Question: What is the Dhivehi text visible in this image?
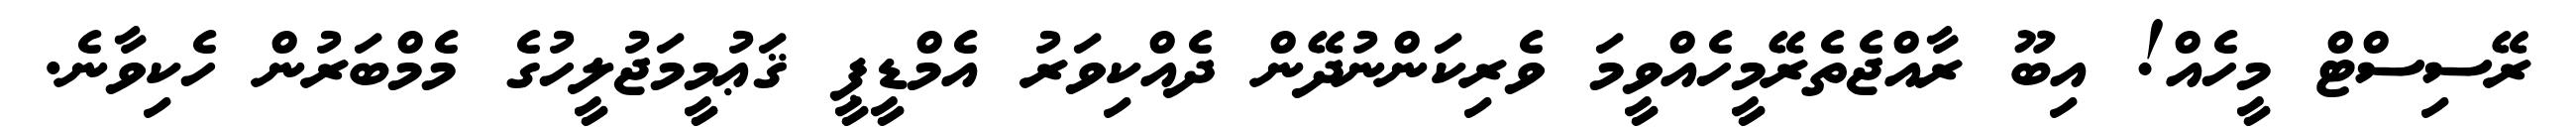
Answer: ރޭސިސްޓް މީހެއް! އިބޫ ރާއްޖެތެރޭމީހެއްވީމަ ވެރިކަންނުދޭން ދެއްކިވަރު އެމްޑީޕީ ޤަޢުމީމަޖުލީހުގެ މެމްބަރުން ހެކިވާނެ.